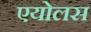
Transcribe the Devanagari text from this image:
एयोलस